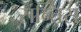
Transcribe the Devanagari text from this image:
सन्तिस